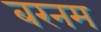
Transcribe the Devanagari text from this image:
बरनम